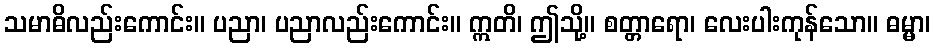
သမာဓိလည်းကောင်း။ ပညာ၊ ပညာလည်းကောင်း။ ဣတိ၊ ဤသို့။ စတ္တာရော၊ လေးပါးကုန်သော။ ဓမ္မာ၊